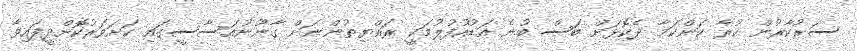
ސަރުކާރުން ކުރާ ކަންކަމާ ދެކޮޅަށް ބަސް ބުނެ އަޑުއުފުލުމަކީ ރައްޔިތުންނަށް ގާނޫނުއަސާސީގައި ކަށަވަރުކޮށްދީފައިވާ